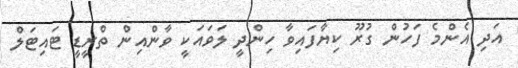
އަދި އެންމެ ފަހުން ގުރޫ ކިޔާފައިވާ ހިންދީ ލަވައަކީ ވާންއިން ތްރީޑީ ޓައިޓަލް